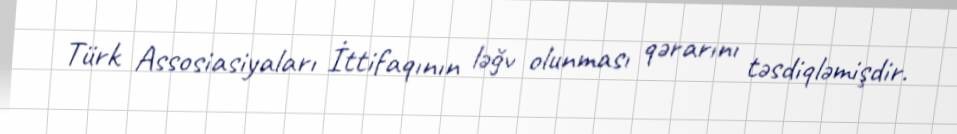
Türk Assosiasiyaları İttifaqının ləğv olunması qərarını təsdiqləmişdir.